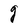
Character: g